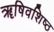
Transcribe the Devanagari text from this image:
ॠषिवशिष्ठ